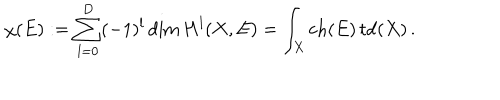
\chi ( E ) : = \sum _ { l = 0 } ^ { D } ( - 1 ) ^ { l } \dim { H } ^ { l } ( X , E ) = \int _ { X } \mathop { \mathrm { c h } } ( E ) \mathop { \mathrm { t d } } ( X ) \, .